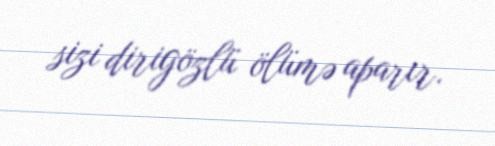
sizi dirigözlü ölümə aparır.